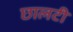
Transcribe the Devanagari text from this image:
छालटी